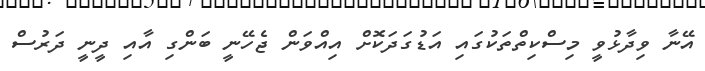
އޭނާ ވިދާޅުވީ މިސްކިތްތަކުގައި އަޑުގަދަކޮށް އިއްވަން ޖެހޭނީ ބަންގި އާއި ދީނީ ދަރުސް